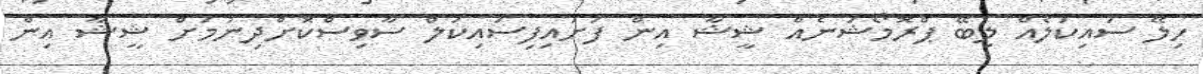
ހިލޭ ސައިކަލެއް ލިބޭ ޕްރޮމޯޝަނެއް ޝީޝާ އިން ފަށައިފިސައިކަލް ސާވިސްކޮށްދިނުމަށް ޝީޝާ އިން